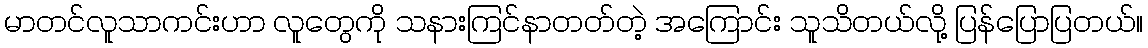
မာတင်လူသာကင်းဟာ လူတွေကို သနားကြင်နာတတ်တဲ့ အကြောင်း သူသိတယ်လို့ ပြန်ပြောပြတယ်။